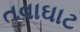
તવાઘાટ